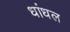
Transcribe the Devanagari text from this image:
धांधल